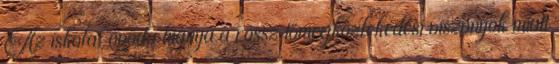
Az iskola, óvoda hiánya a rossz tömegközlekedési viszonyok miatt